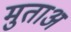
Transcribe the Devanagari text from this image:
मुताअ